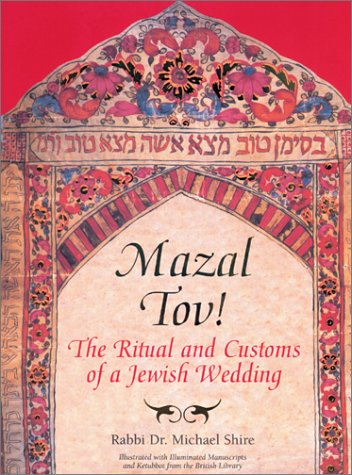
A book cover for Mazal Tov!: The Ritual and Customs of a Jewish Wedding; Michael Shire; Crafts, Hobbies & Home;